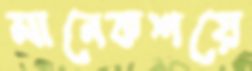
মানেকশয়ে